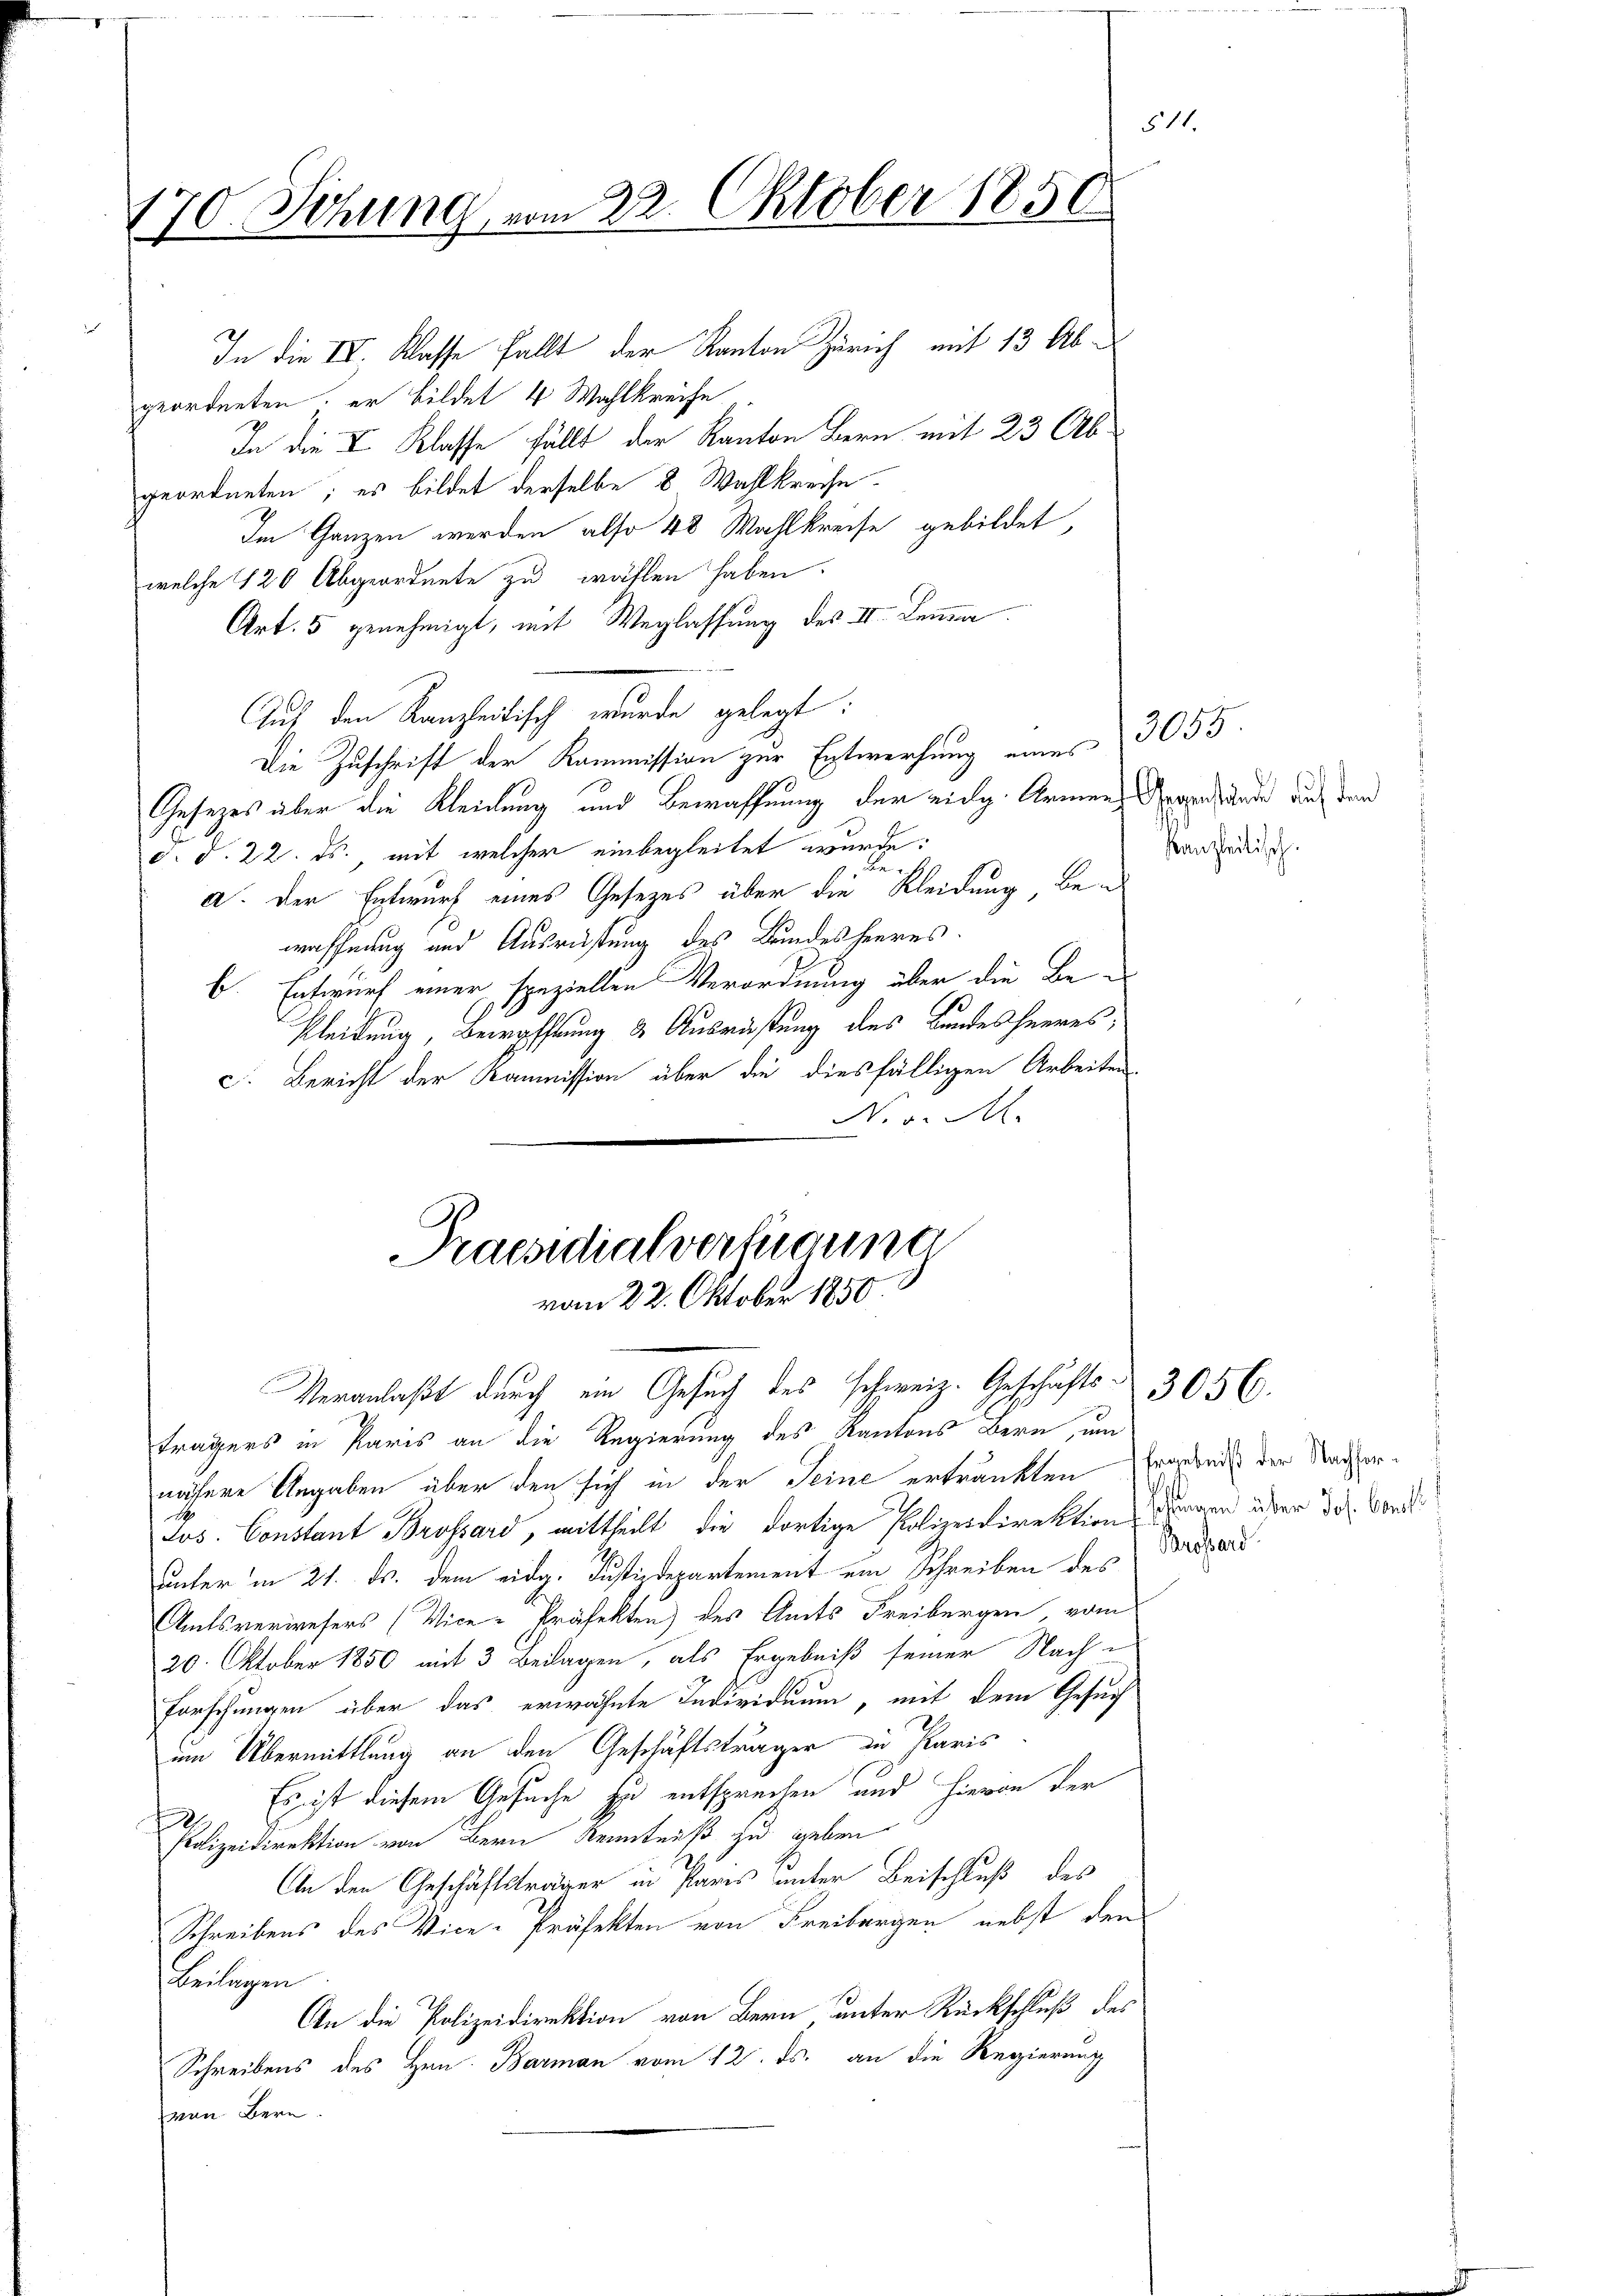
170. Sitzung vom 22. Oktober 1850

In die IV. Klasse Fällt der Kanton Zürich mit 13 Abgeordneten, er bildet 4 Wahlkreife
In die I Klasse fällt der Kanton Bern mit 23 Abgeordneten; es bildet derselbe 8 Wahlkreise
Im Ganzen werden also 48 Wahlkreise gebildet,
welche 120 Abgeordnete zu wählen haben.
Art. 5 genehmigt, mit Weglassung des III. Denen
Auf den Kanzleitisch wurde gelegt:
Die Zuschrift der Kommission zur Entwerfung eines
Gesetzes über die Kleinung und Bewaffnung der eidg. Armen-Aerarchen auch dem
d. d. 22. ds., mit welcher einbegleitet wurde:
a. Der Entwurf eines Gesetzes über die Kleidung, bewaffnung und Ausrüstung des Bundesheeres.
b. Entwurf einer speziellen Verordnung über die Be¬
Kleidung, Bewaffnung & Ausrüstung des Bundesheeres,
c. Bericht der Kommission über die diesfälligen Arbeiten
NNo v. M.

trägers in Paris an die Regierung des Kantons Bern, um
nähere Angaben über den sich in der Seine ertränkten
Si
Jos. Constant Brossard, mittheilt, die dortige Polizeidirektion dingen über der Sond
unter in 21. ds. dem eidg. Justizdepartement ein Schreiben des Brdard
Amtsverwesers (Vice-Präfekten) des Amts Freibergen vom
20. Oktober 1850 mit 3 Beilagen, als Ergebniß seiner Nach¬
Forschungen über das erwähnte Individuum, mit dem Gesuch
um Übermittlung an den Geschäftsträger in Paris
Es ist diesem Gesuche zu entsprechen und hievon der
Polizeidirektion von Bern Kenntniß zu geben
An den Geschäftsträger in Pares unter Beischluß des
Schreibens des Vice-Präfekten von Freibergen nebst den
Beilagen
An die Polizeidirektion von Bern unter Rückschluß des
Schreibens des Hrn. Barman vom 12. ds. an die Regierung
von Bern.

Praesidialverfügung
vom 22. Oktober 1850.
Veranlaßt durch ein Gesuch des schweiz. Geschäfts-

3055
Kanzeitisch.

Ergebniß der Nachfor¬

3056.